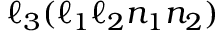
\ell _ { 3 } ( \ell _ { 1 } \ell _ { 2 } n _ { 1 } n _ { 2 } )